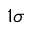
1 \sigma